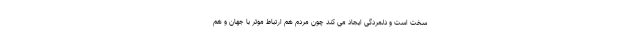
سخت است و دلمردگی ایجاد می کند چون مردم هم ارتباط موثر با جهان و هم